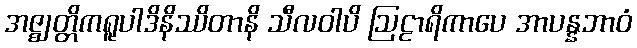
အဇ္ဈတ္တိကရူပါဒိနိဿိတာနိ သီလဝါပိ ဩဠာရိကာပေ အာပန္နဘာဝံ